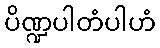
ပိဏ္ဍပါတံပါဟံ